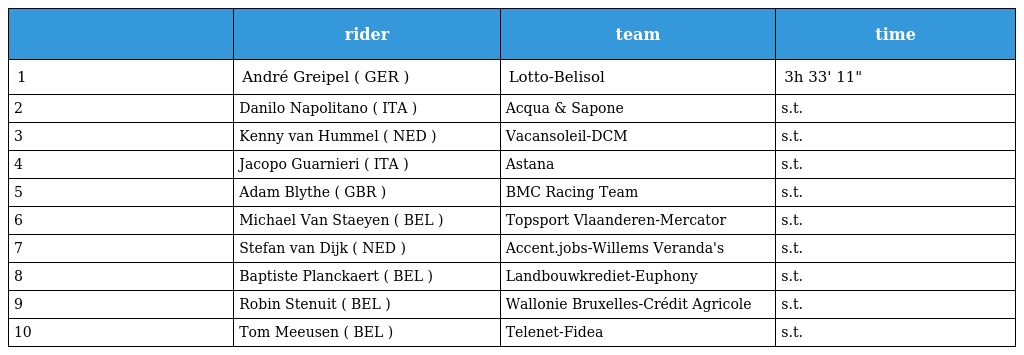
|  | rider | team | time |
 | --- | --- | --- | --- |
 | 1 | André Greipel ( GER ) | Lotto-Belisol | 3h 33' 11" |
 | 2 | Danilo Napolitano ( ITA ) | Acqua & Sapone | s.t. |
 | 3 | Kenny van Hummel ( NED ) | Vacansoleil-DCM | s.t. |
 | 4 | Jacopo Guarnieri ( ITA ) | Astana | s.t. |
 | 5 | Adam Blythe ( GBR ) | BMC Racing Team | s.t. |
 | 6 | Michael Van Staeyen ( BEL ) | Topsport Vlaanderen-Mercator | s.t. |
 | 7 | Stefan van Dijk ( NED ) | Accent.jobs-Willems Veranda's | s.t. |
 | 8 | Baptiste Planckaert ( BEL ) | Landbouwkrediet-Euphony | s.t. |
 | 9 | Robin Stenuit ( BEL ) | Wallonie Bruxelles-Crédit Agricole | s.t. |
 | 10 | Tom Meeusen ( BEL ) | Telenet-Fidea | s.t. |